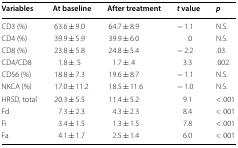
<table><thead><tr><td><b>Variables</b></td><td><b>At baseline</b></td><td><b>After treatment</b></td><td><b><i>t</i> value</b></td><td><b><i>p</i></b></td></tr></thead><tbody><tr><td>CD3 (%)</td><td>63.6 ± 9.0</td><td>64.7 ± 8.9</td><td>− 1.1</td><td>N.S.</td></tr><tr><td>CD4 (%)</td><td>39.9 ± 5.9</td><td>39.9 ± 6.0</td><td>.0</td><td>N.S.</td></tr><tr><td>CD8 (%)</td><td>23.8 ± 5.8</td><td>24.8 ± 5.4</td><td>− 2.2</td><td>.03.</td></tr><tr><td>CD4/CD8</td><td>1.8 ± .5</td><td>1.7 ± .4</td><td>3.3</td><td>.002.</td></tr><tr><td>CD56 (%)</td><td>18.8 ± 7.3</td><td>19.6 ± 8.7</td><td>− 1.1</td><td>N.S.</td></tr><tr><td>NKCA (%)</td><td>17.0 ± 11.2</td><td>18.5 ± 11.6</td><td>− 1.0</td><td>N.S.</td></tr><tr><td>HRSD, total</td><td>20.3 ± 5.5</td><td>11.4 ± 5.2</td><td>9.1</td><td>&lt; .001</td></tr><tr><td>Fd</td><td>7.3 ± 2.3</td><td>4.3 ± 2.3</td><td>8.4</td><td>&lt; .001</td></tr><tr><td>Fi</td><td>3.4 ± 1.5</td><td>1.3 ± 1.5</td><td>7.8</td><td>&lt; .001</td></tr><tr><td>Fa</td><td>4.1 ± 1.7</td><td>2.5 ± 1.4</td><td>6.0</td><td>&lt; .001</td></tr></tbody></table>